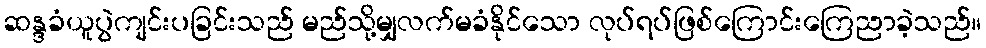
ဆန္ဒခံယူပွဲကျင်းပခြင်းသည် မည်သို့မျှလက်မခံနိုင်သော လုပ်ရပ်ဖြစ်ကြောင်းကြေညာခဲ့သည်။